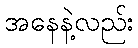
အနေနဲ့လည်း